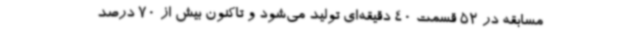
مسابقه در 52 قسمت 40 دقیقه‌ای تولید می‌شود و تاکنون بیش از 70 درصد